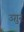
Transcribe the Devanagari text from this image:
उग़ुर